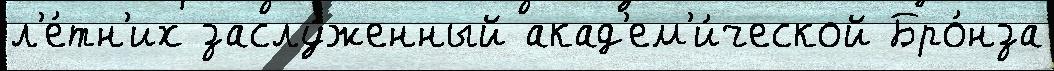
л'е́тн'их заслу́женный акад'ем'и́ческой Бро́нза